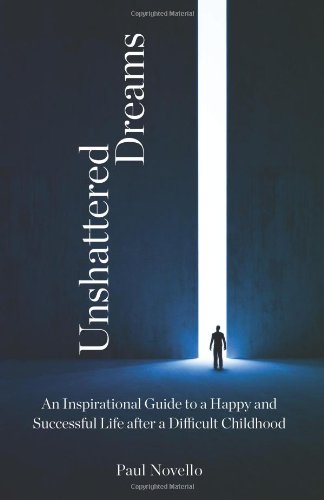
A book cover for Unshattered Dreams; Paul Novello; Health, Fitness & Dieting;